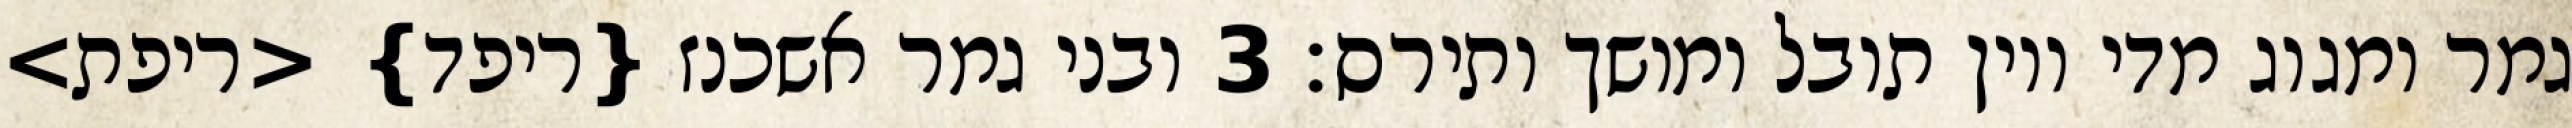
גמר ומגוג מדי ויון תובל ומושך ותירס׃ ‎3‏ ובני גמר אשכנז {ריפד} <ריפת>